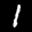
Label: 1